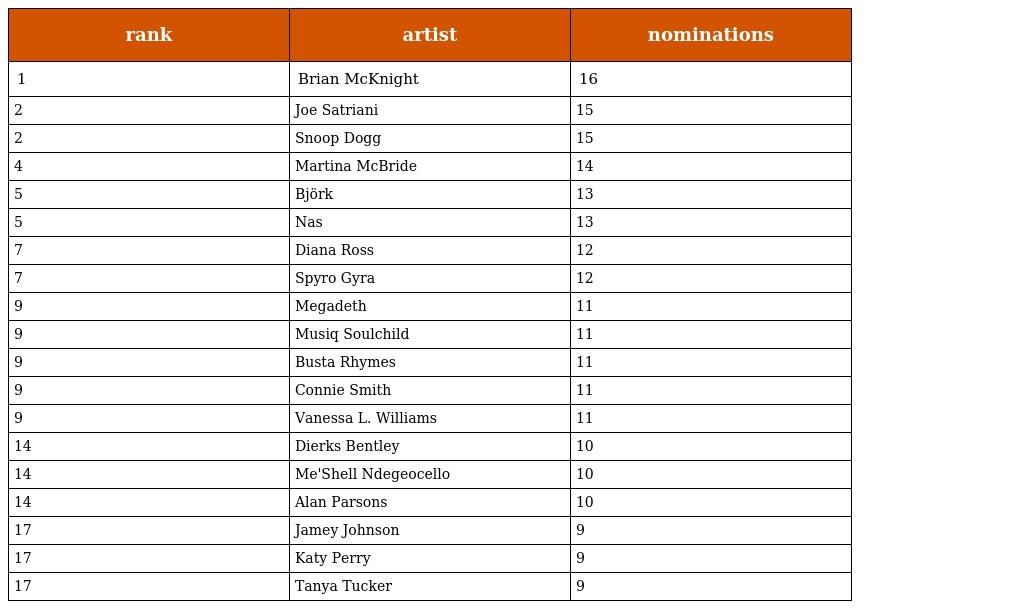
| rank | artist | nominations |
 | --- | --- | --- |
 | 1 | Brian McKnight | 16 |
 | 2 | Joe Satriani | 15 |
 | 2 | Snoop Dogg | 15 |
 | 4 | Martina McBride | 14 |
 | 5 | Björk | 13 |
 | 5 | Nas | 13 |
 | 7 | Diana Ross | 12 |
 | 7 | Spyro Gyra | 12 |
 | 9 | Megadeth | 11 |
 | 9 | Musiq Soulchild | 11 |
 | 9 | Busta Rhymes | 11 |
 | 9 | Connie Smith | 11 |
 | 9 | Vanessa L. Williams | 11 |
 | 14 | Dierks Bentley | 10 |
 | 14 | Me'Shell Ndegeocello | 10 |
 | 14 | Alan Parsons | 10 |
 | 17 | Jamey Johnson | 9 |
 | 17 | Katy Perry | 9 |
 | 17 | Tanya Tucker | 9 |